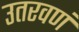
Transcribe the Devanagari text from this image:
उतरवणं